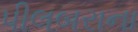
પીલબરાના